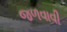
જળવાવી